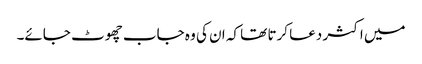
میں اکثر دعا کرتا تھا کہ ان کی وہ جاب چھوٹ جائے۔